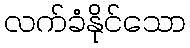
လက်ခံနိုင်သော